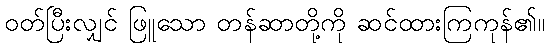
ဝတ်ပြီးလျှင် ဖြူသော တန်ဆာတို့ကို ဆင်ထားကြကုန်၏။